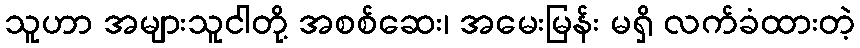
သူဟာ အများသူငါတို့ အစစ်ဆေး၊ အမေးမြန်း မရှိ လက်ခံထားတဲ့